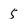
Character: 5